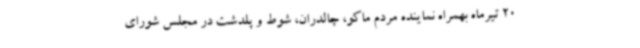
20 تیرماه بهمراه نماینده مردم ماکو، چالدران، شوط و پلدشت در مجلس شورای